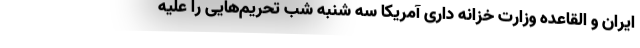
ایران و القاعده وزارت خزانه داری آمریکا سه شنبه شب تحریم‌هایی را علیه